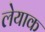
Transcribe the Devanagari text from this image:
लेयाक